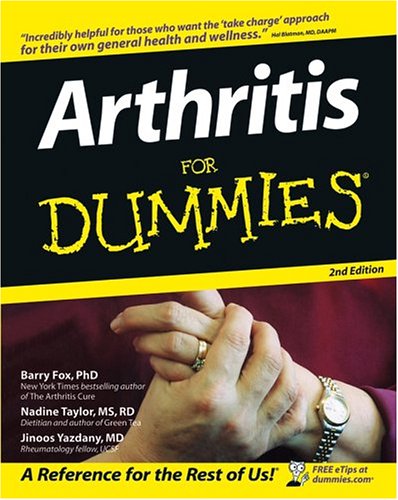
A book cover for Arthritis For Dummies; Barry Fox; Health, Fitness & Dieting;